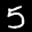
Label: 5